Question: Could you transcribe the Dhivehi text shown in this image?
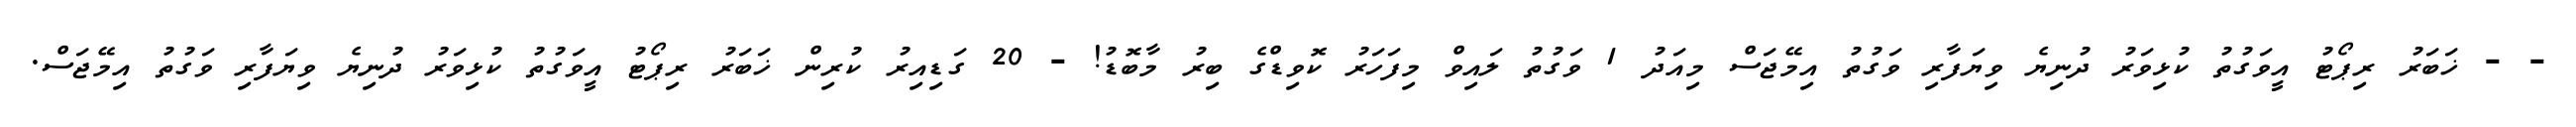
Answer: - - ޚަބަރު ރިޕޯޓު އީވަގުތު ކުޅިވަރު ދުނިޔެ ވިޔަފާރި ވަގުތު އިމޭޖަސް މިއަދު 1 ވަގުތު ލައިވް މިފަހަރު ކޮވިޑްގެ ބިރު މާބޮޑު! - 20 ގަޑިއިރު ކުރިން ޚަބަރު ރިޕޯޓު އީވަގުތު ކުޅިވަރު ދުނިޔެ ވިޔަފާރި ވަގުތު އިމޭޖަސް.